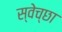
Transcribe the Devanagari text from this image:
स्‍वेच्‍छा